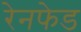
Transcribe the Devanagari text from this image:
रेनफेड